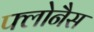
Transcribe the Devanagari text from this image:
फ्लोनैस